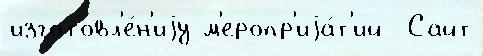
изготовл'е́н'иjу м'еропр'иjа́т'ий  Сайт